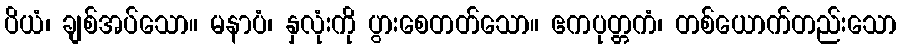
ပိယံ၊ ချစ်အပ်သော။ မနာပံ၊ နှလုံးကို ပွားစေတတ်သော။ ဧကပုတ္တကံ၊ တစ်ယောက်တည်းသော